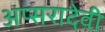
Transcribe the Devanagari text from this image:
अप्सरादेवी